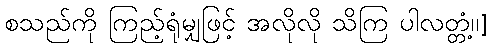
စသည်ကို ကြည့်ရုံမျှဖြင့် အလိုလို သိကြ ပါလတ္တံ့၊၊]